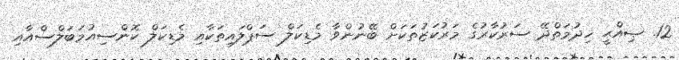
12. ޞިއްޙީ ޚިދުމަތްދޭ ސަރުކާރުގެ މަރުކަޒުތަކަށް ބޭނުންވާ މެޑިކަލް ސަޕްލައިތަކާއި މެޑިކަލް ކޮންސިއުމަބަލްސްއާއި